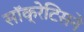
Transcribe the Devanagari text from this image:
सॉक्रेटिसने